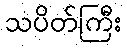
သပိတ်ကြီး